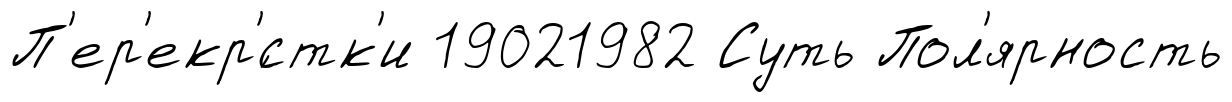
П'ер'екр'́стк'и 19021982 Суть Пол'ярность